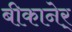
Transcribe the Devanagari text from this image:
बीकानेर्